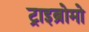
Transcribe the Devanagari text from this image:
ट्राइब्रोमो